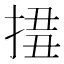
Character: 𢮢